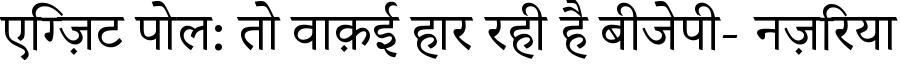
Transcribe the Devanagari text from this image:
एग्ज़िट पोल: तो वाक़ई हार रही है बीजेपी- नज़रिया